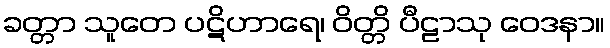
ခတ္တာ သူတေ ပဋိဟာရေ၊ ဝိတ္တိ ပီဠာသု ဝေဒနာ။